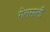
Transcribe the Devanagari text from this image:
गेलसालीं